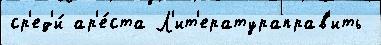
ср'ед'и́ ар'е́ста Л'ит'ератураправ'ить